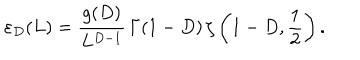
\varepsilon _ { D } ( L ) = \frac { g ( D ) } { L ^ { D - 1 } } \, \Gamma ( 1 - D ) \, \zeta \left( 1 - D , \frac 1 { 2 } \right) .